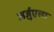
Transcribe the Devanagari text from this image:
जर्ज़ुएला